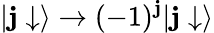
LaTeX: |\mathbf{j}\downarrow\rangle\rightarrow(-1)^{\mathbf{j}}|\mathbf{j}\downarrow\rangle